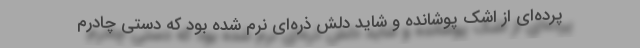
پرده‌ای از اشک پوشانده و شاید دلش ذره‌ای نرم شده بود که دستی چادرم